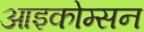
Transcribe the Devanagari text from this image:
आइकोम्सन